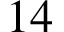
1 4